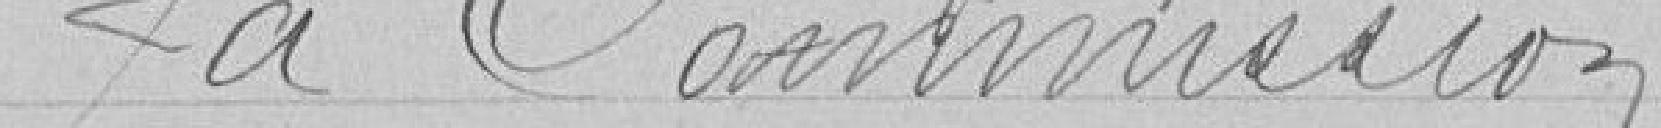
La Commission,